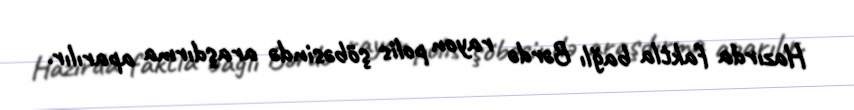
Hazırda faktla bağlı Bərdə rayon polis şöbəsində araşdırma aparılır.